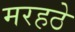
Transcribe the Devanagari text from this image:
मरहठे